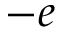
- e